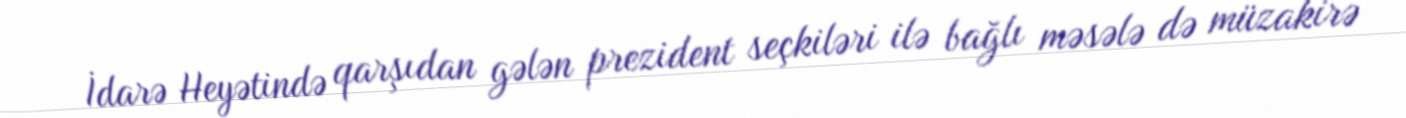
İdarə Heyətində qarşıdan gələn prezident seçkiləri ilə bağlı məsələ də müzakirə